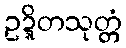
ဥဍ္ဍိတသုတ္တံ